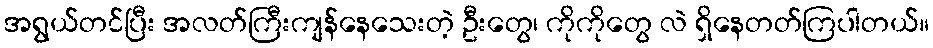
အရွယ်တင်ပြီး အလတ်ကြီးကျန်နေသေးတဲ့ ဦးတွေ၊ ကိုကိုတွေ လဲ ရှိနေတတ်ကြပါတယ်။